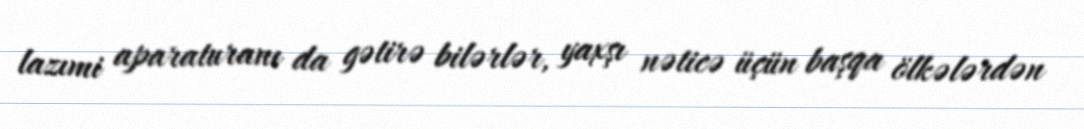
lazımi aparaturanı da gətirə bilərlər, yaxşı nəticə üçün başqa ölkələrdən